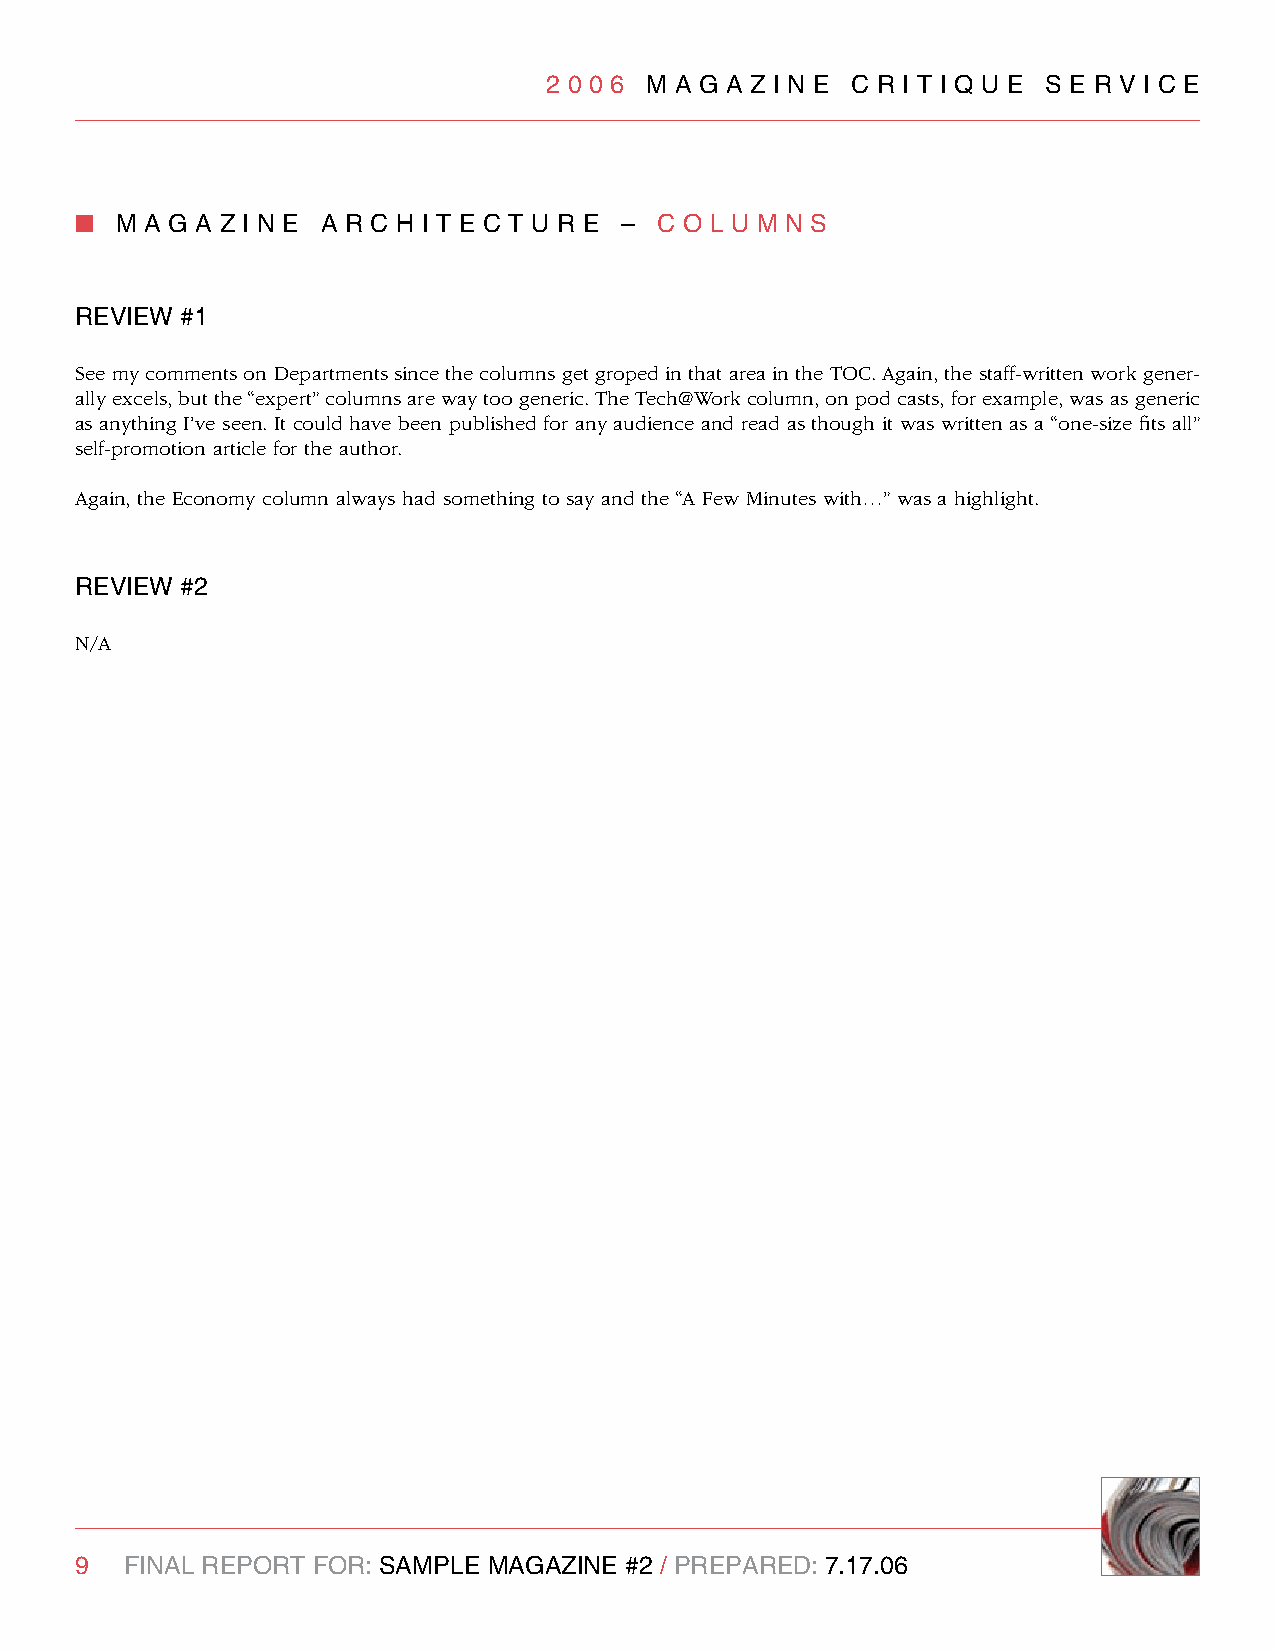
2 0 0 6 M A g A z I n e C R I T I q U e S e R v I C e
 n  M A g A z I n e A R C H I T e C T U R e – C O l U M n S
 RevIew #1
 See my comments on Departments since the columns get groped in that area in the TOC. Again, the staff-written work gener-
 ally excels, but the “expert” columns are way too generic. The Tech@Work column, on pod casts, for example, was as generic
 as anything I’ve seen. It could have been published for any audience and read as though it was written as a “one-size fits all”
 self-promotion article for the author.
 Again, the Economy column always had something to say and the “A Few Minutes with…” was a highlight.
 RevIew #2
 N/A
 9  FInAl RePORT FOR: SAMPle MAgAzIne #2 / PRePARed: 7.17.06